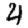
Digit: 4